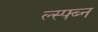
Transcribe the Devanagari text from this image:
ल्स्फ्ब्न